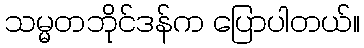
သမ္မတဘိုင်ဒန်က ပြောပါတယ်။